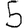
Digit: 5